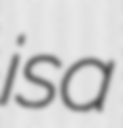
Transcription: is a